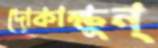
দোকাক্ষুন্